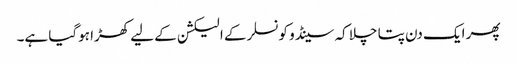
پھر ایک دن پتا چلا کہ سینڈو کونسلر کے الیکشن کے لیے کھڑا ہوگیا ہے۔